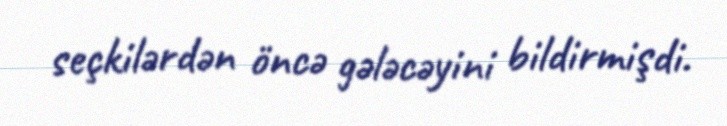
seçkilərdən öncə gələcəyini bildirmişdi.